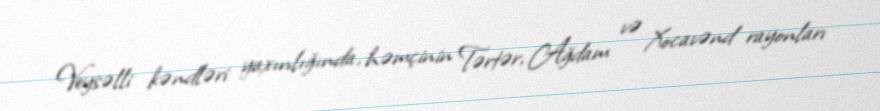
Veysəlli kəndləri yaxınlığında, həmçinin Tərtər, Ağdam və Xocavənd rayonları